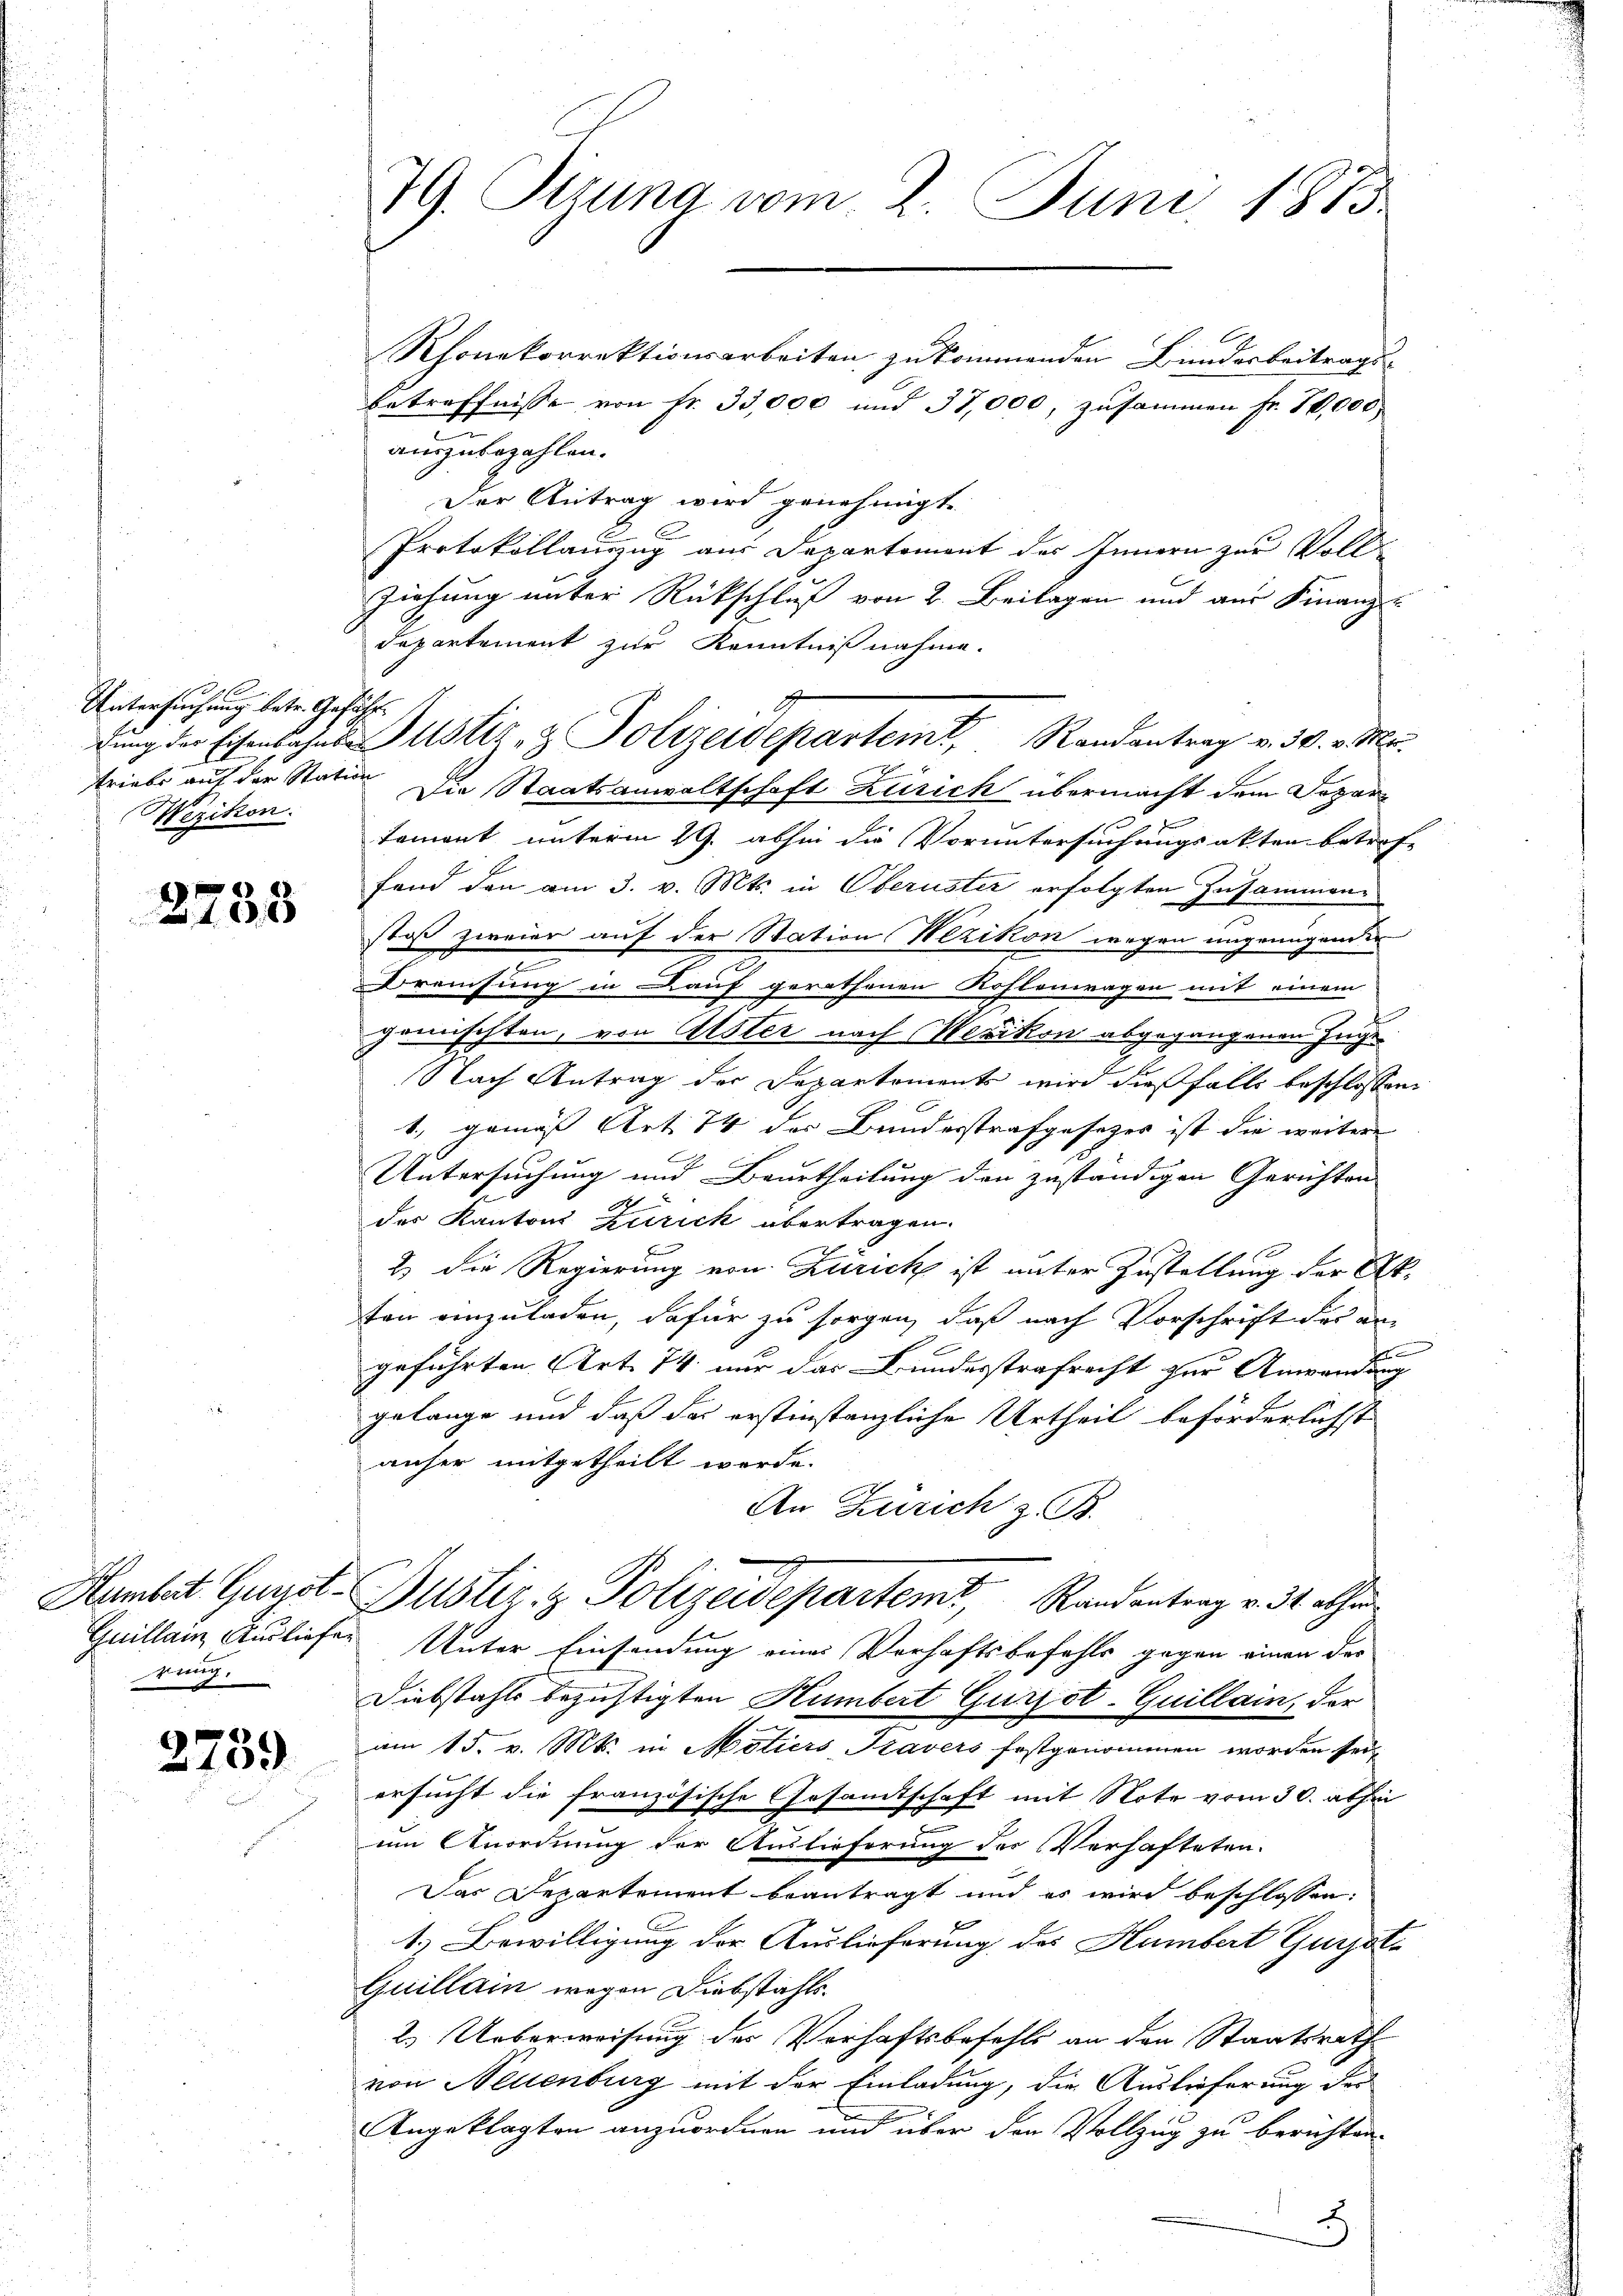
Untersuchung betr. Gefühl
Triebe auf der Station
Wezikon.

2733

rung.

2739

Rhonekorrektionsarbeiten zukommenden Bundesbeitrags-
betreffnisse von fr. 33,000 und 37,000, zusammen Fr. 10,000
auszubezahlen.
Der Antrag wird genehmigt.
Protokollauszug aus Departement des Innern zur Voll
Ziehung unter Rückschluß von 2. Beilagen und aus Finanz-
departement zur Kenntnißnahme.
dung der Eisenbahns Justiz- & Polizeidepartem Randantrag v. 30. v. M.
H
Die Staatsanwaltschaft Zürich übermacht dem Dozartament unterm 29. abhin die Voruntersuchungsakten betrafe
fand den am 3. v. Mts. in Oberuster erfolgten Zusammenstoß zweier auf der Station Wezikon wegen ungenügenden
.
Brauchung in Kauf gerathenen Kohlenwagen mit einem
gemischten, von Alster nach Werikon abgegangenen Juge
Nach Antrag der Departements wird dießfalls beschlossen
1., gemäß Art 74 der Bundesstrafgesezes ist die weitere
Untersuchung und Beurtheilung den zuständigen Gerichten
der Kantons Zurick übertragen.
2) die Regierung von Zürich ist unter Zustellung der Akten einzuladen, dafür zu sorgen, daß nach Vorschrift des an-
x
geführten Art. 74. nur das Bundesstrafrecht zur Anwendung
gelange und daß das erstinstanzliche Urtheil beförderlichst
anher mitgetheilt worde.
An Zürich z. B.
Hamlet Gunst- Justiz & Polizeidepartemt, Randantrag v. 34. abhan
Guillain Ausliefer Unter Einsendung eines Verhaftsbefehls gegen einen der
Diebstahls bezichtigten Humbert Gurpot-Guillain, der
am 15. v. Mts. in Motiers, Havers festgenommen worden sei,
ersucht die französische Gesamtschaft mit Note vom 30. abhin
um Anordnung der Auslieferung der Verhafteten.
Das Departement beantragt und es wird beschlossen:
1) Bewilligung der Auslieferung des Humbert Gunjate
Quillain wegen Diebstahls.
2. Ueberweisung der Verhaftsbefehls an den Staatsrath
von Neuenburg mit der Einladung, die Auslieferung der
Angeklagten anzuordnen und über der Vollzug zu berichten.
x

79. Sizung vom 2. Juni 1883.